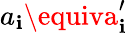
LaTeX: a_{\mathbf{i}}\equiva_{\mathbf{i}}^{\prime}